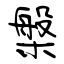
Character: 槃